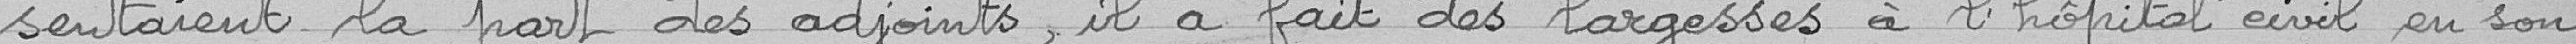
sentaient la part des adjoints, il a fait des largesses à l'hôpital civil en son